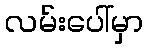
လမ်းပေါ်မှာ